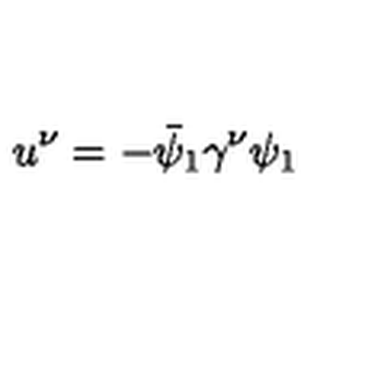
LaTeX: u ^ { \nu } = - \bar { \psi } _ { 1 } \gamma ^ { \nu } \psi _ { 1 }